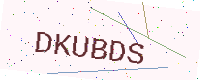
Text: DKUBDS